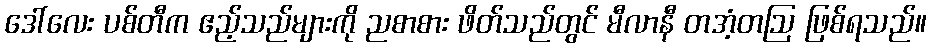
ဒေါ်လေး ပစ်တီက ဧည့်သည်များကို ညစာစား ဖိတ်သည်တွင် မီလာနီ တအံ့တဩ ဖြစ်ရသည်။